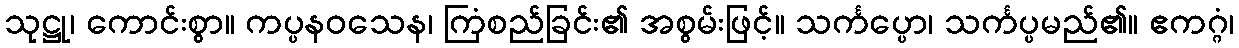
သုဋ္ဌု၊ ကောင်းစွာ။ ကပ္ပနဝသေန၊ ကြံစည်ခြင်း၏ အစွမ်းဖြင့်။ သင်္ကပ္ပော၊ သင်္ကပ္ပမည်၏။ ဧကဂ္ဂံ၊